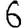
Digit: 6